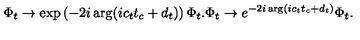
\Phi _ { t } \rightarrow \exp \left( - 2 i \arg ( i c _ { t } t _ { c } + d _ { t } ) \right) \Phi _ { t } . \Phi _ { t } \rightarrow e ^ { - 2 i \arg ( i c _ { t } t _ { c } + d _ { t } ) } \Phi _ { t } .